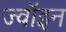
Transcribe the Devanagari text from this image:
ज्‍वॉइन